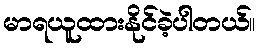
မာရယူထားနိုင်ခဲ့ပါတယ်။